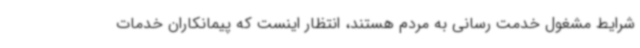
شرایط مشغول خدمت رسانی به مردم هستند، انتظار اینست که پیمانکاران خدمات